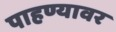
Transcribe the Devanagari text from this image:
पाहण्यावर